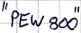
Text: "PEW800"